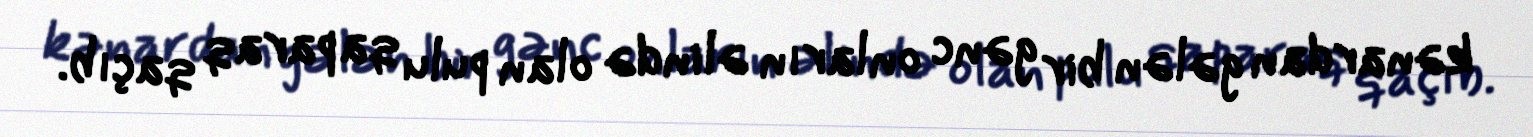
kənardan gələn bir gənc onların əlində olan pulu qaparaq qaçıb.